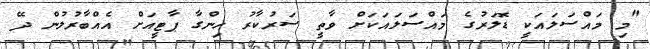
"މި މައްސަލައަކީ ޑޮލަރުގެ މައްސަލައަކަށް ވާތީ ސަރުކާރު ހިންގާ ޕާޓީއަށް އެއްބާރުލުން ދޭ